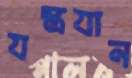
যন্ত্রযান